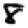
Digit: 8